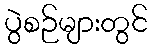
ပွဲစဉ်များတွင်